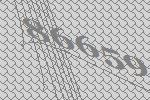
86659